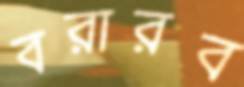
বরারব